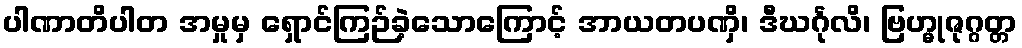
ပါဏာတိပါတ အမှုမှ ရှောင်ကြဉ်ခဲ့သောကြောင့် အာယတပဏှိ၊ ဒီဃင်္ဂုလိ၊ ဗြဟ္မုဇုဂ္ဂတ္တ